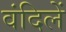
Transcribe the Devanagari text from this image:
वंदिलें